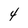
Character: 4